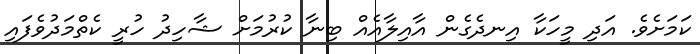
ކަމަށެވެ. އަދި މީހަކާ އިނދެގެން އާއިލާއެއް ބިނާ ކުރުމަށް ޝާހިދު ހުރީ ކެތްމަދުވެފައި